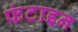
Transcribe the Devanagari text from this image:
फंटाइन